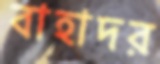
বাহাদর